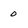
Character: 0